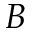
B